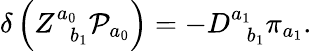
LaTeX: \delta\left(Z_{\; \; b_{1}}^{a_{0}}{\cal P}_{a_{0}}\right)=-D_{\; \; b_{1}}^{a_{1}}\pi_{a_{1}}.